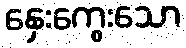
နှေးကွေးသော